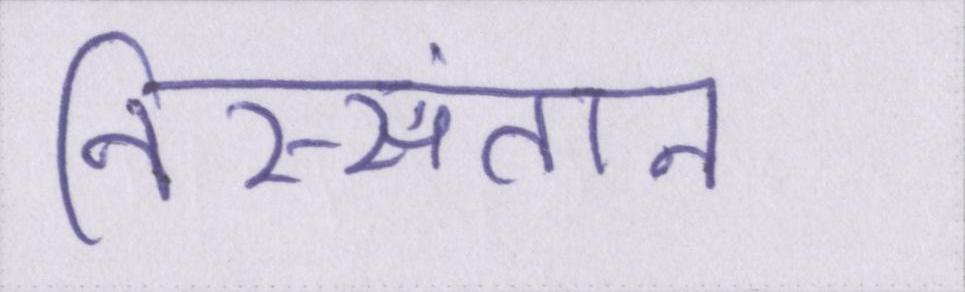
निस्संतान